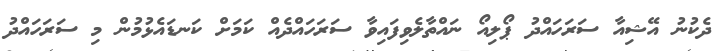
ދެކުނު އޭޝިއާ ސަރަހައްދު ޕޯލިއޯ ނައްތާލެވިފައިވާ ސަރަހައްދެއް ކަމަށް ކަނޑައެޅުމުން މި ސަރަހައްދު